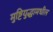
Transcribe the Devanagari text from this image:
मुष्टियुद्धामधील